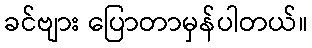
ခင်ဗျား ပြောတာမှန်ပါတယ်။